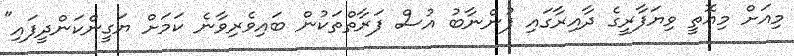
މިއަށް މިއޮތީ ވިޔަފާރީގެ ދާއިރާގައި ފުންނާބު އުސް ފަރާތްތަކުން ބައިވެރިވާނެ ކަމަށް ޔަގީންކަންދީފައި"